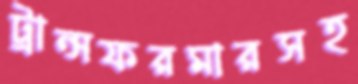
ট্রান্সফরমারসহ